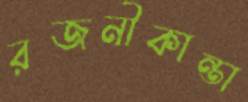
রজনীকান্তা